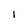
Character: I